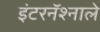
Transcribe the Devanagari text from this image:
इंटरनॅश्नाले